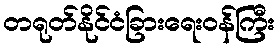
တရုတ်နိုင်ငံခြားရေးဝန်ကြီး